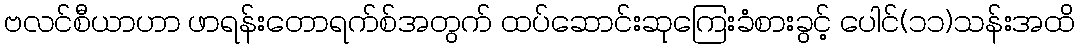
ဗလင်စီယာဟာ ဖာရန်းတောရက်စ်အတွက် ထပ်ဆောင်းဆုကြေးခံစားခွင့် ပေါင်(၁၁)သန်းအထိ